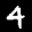
Label: 4